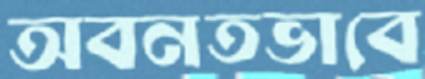
অবনতভাবে